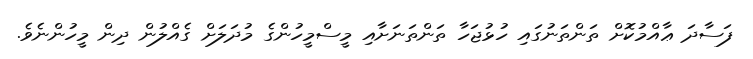
ފަސާދަ ޢާއްމުކޮށް ތަންތަނުގައި ހުޅުޖަހާ ތަންތަނަށާއި މީސްމީހުންގެ މުދަލަށް ގެއްލުން ދިން މީހުންނެވެ.